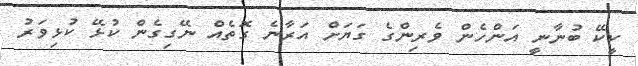
ކީކޭ ބުނާނީ އަންހެން ވެރިންގެ ގަޔަށް އަރާނެ ގޮތެއް ނޭގިގެން ކުޅޭ ކުޅިވަރު